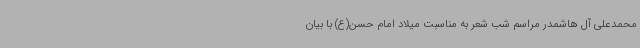
محمدعلی آل هاشمدر مراسم شب شعر به مناسبت میلاد امام‌ حسن(ع) با بیان